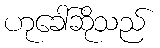
ဟုခေါ်ဆိုသည်